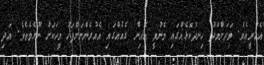
އެހުރީއެވެ. ވަރަށްމަދު ހިނދުކޮޅެއްގައި މެނުވީ އެއިން ގެއެއްގައި އެއުރެންނަށްފަހު މީހަކަށް ނޫޅެވެތެވެ. އަދި